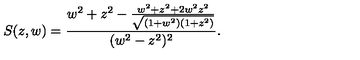
S ( z , w ) = \frac { w ^ { 2 } + z ^ { 2 } - \frac { w ^ { 2 } + z ^ { 2 } + 2 w ^ { 2 } z ^ { 2 } } { \sqrt { ( 1 + w ^ { 2 } ) ( 1 + z ^ { 2 } ) } } } { ( w ^ { 2 } - z ^ { 2 } ) ^ { 2 } } .